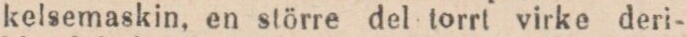
kelsemaskin, en större del torrt virke deri-